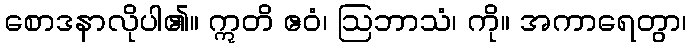
စောဒနာလိုပါ၏။ ဣတိ ဧဝံ၊ ဩဘာသံ၊ ကို။ အကာရေတွာ၊